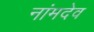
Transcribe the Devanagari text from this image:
नांमदेव